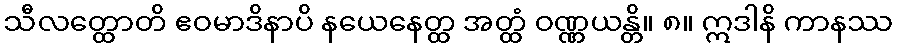
သီလတ္ထောတိ ဧဝမာဒိနာပိ နယေနေတ္ထ အတ္ထံ ဝဏ္ဏယန္တိ။ ၈။ ဣဒါနိ ကာနဿ